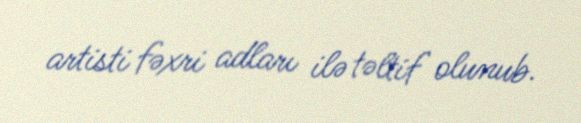
artisti fəxri adları ilə təltif olunub.